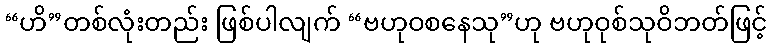
“ဟိ”တစ်လုံးတည်း ဖြစ်ပါလျက် “ဗဟုဝစနေသု”ဟု ဗဟုဝုစ်သုဝိဘတ်ဖြင့်